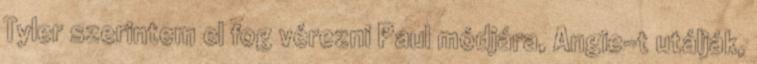
Tyler szerintem el fog vérezni Paul módjára, Angie-t utálják,